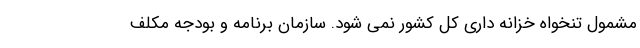
مشمول تنخواه خزانه داری کل کشور نمی شود. سازمان برنامه و بودجه مکلف